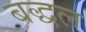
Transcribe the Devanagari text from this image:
बद्धल